Civil Veterinary Dept. Assam report 1927-50 - 1927-1950
Year: 1927
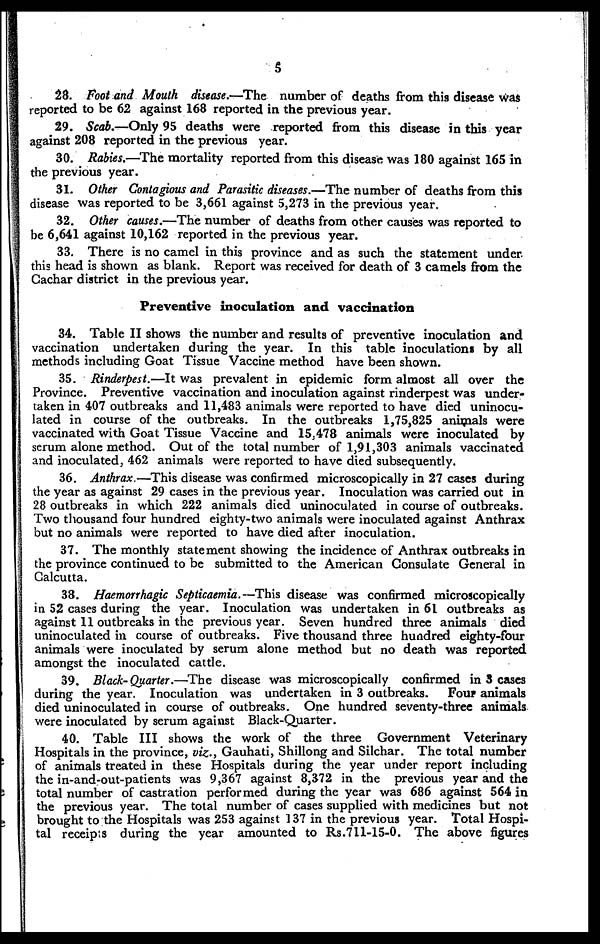
5
28. Foot and Mouth disease.—The number of deaths from this disease was
reported to be 62 against 168 reported in the previous year.
29. Scab.—Only 95 deaths were reported from this disease in this year
against 208 reported in the previous year.
30. Rabies.—The mortality reported from this disease was 180 against 165 in
the previous year.
31. Other Contagious and Parasitic diseases.—The number of deaths from this
disease was reported to be 3,661 against 5,273 in the previous year.
32. Other causes.—The number of deaths from other causes was reported to
be 6,641 against 10,162 reported in the previous year.
33. There is no camel in this province and as such the statement under
this head is shown as blank. Report was received for death of 3 camels from the
Cachar district in the previous year.
Preventive inoculation and vaccination
34. Table II shows the number and results of preventive inoculation and
vaccination undertaken during the year. In this table inoculations by all
methods including Goat Tissue Vaccine method have been shown.
35. Rinderpest.—It was prevalent in epidemic form almost all over the
Province. Preventive vaccination and inoculation against rinderpest was under-
taken in 407 outbreaks and 11,483 animals were reported to have died uninocu-
lated in course of the outbreaks. In the outbreaks 1,75,825 animals were
vaccinated with Goal Tissue Vaccine and 15.478 animals were inoculated by
serum alone method. Out of the total number of 1,91,303 animals vaccinated
and inoculated, 462 animals were reported to have died subsequently.
36. Anthrax.—This disease was confirmed microscopically in 27 cases during
the year as against 29 cases in the previous year. Inoculation was carried out in
28 outbreaks in which 222 animals died uninoculated in course of outbreaks.
Two thousand four hundred eighty-two animals were inoculated against Anthrax
but no animals were reported to have died after inoculation.
37. The monthly statement showing the incidence of Anthrax outbreaks in
the province continued to be submitted to the American Consulate General in
Calcutta.
38. Haemorrhagic Septicaemia.—This disease was confirmed microscopically
in 52 cases during the year. Inoculation was undertaken in 61 outbreaks as
against 11 outbreaks in the previous year. Seven hundred three animals died
uninoculated in course of outbreaks. Five thousand three hundred eighty-four
animals were inoculated by serum alone method but no death was reported
amongst the inoculated cattle.
39. Black- Quarter.—The disease was microscopically confirmed in 3 cases
during the year. Inoculation was undertaken in 3 outbreaks. Four animals
died uninoculated in course of outbreaks. One hundred seventy-three animals
were inoculated by serum against Black-Quarter.
40. Table III shows the work of the three Government Veterinary
Hospitals in the province, viz., Gauhati, Shillong and Silchar. The total number
of animals treated in these Hospitals during the year under report including
the in-and-out-patients was 9,367 against 8,372 in the previous year and the
total number of castration performed during the year was 686 against 564 in
the previous year. The total number of cases supplied with medicines but not
brought to the Hospitals was 253 against 137 in the previous year. Total Hospi-
tal receipts during the year amounted to Rs.711-15-0. The above figures